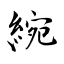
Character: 綩